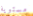
مستوية